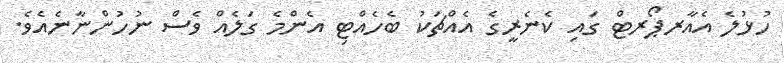
ހުޅުލެ އެއާރޕޯރޓް ގައި ކެނެރީގެ އެއްޗަކު ބެހެއްޓި އެންމެ ގަލެއް ވެސް ނުހުންނާނެއެވެ.